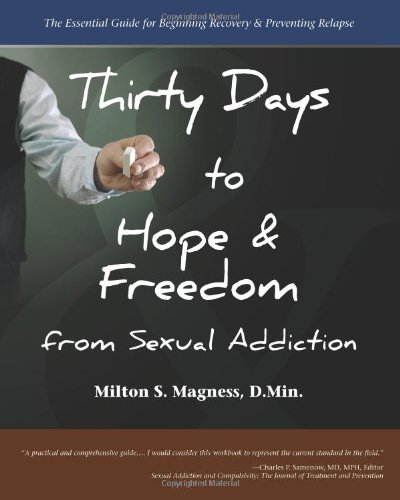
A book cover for Thirty Days to Hope & Freedom from Sexual Addiction: The Essential Guide to Daily Recovery; Milton S. Magness; Health, Fitness & Dieting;